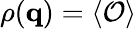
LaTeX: \rho(\mathbf{q})=\langle{\cal O}\rangle